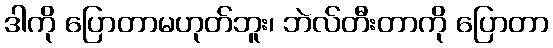
ဒါကို ပြောတာမဟုတ်ဘူး၊ ဘဲလ်တီးတာကို ပြောတာ